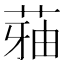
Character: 𮏬